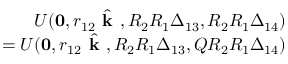
\begin{array} { r l r } & { } & { U ( \mathbf { 0 } , r _ { 1 2 } \hat { \textbf { k } } , R _ { 2 } R _ { 1 } \boldsymbol { \Delta } _ { 1 3 } , R _ { 2 } R _ { 1 } \boldsymbol { \Delta } _ { 1 4 } ) } \\ & { } & { \qquad = U ( \mathbf { 0 } , r _ { 1 2 } \hat { \textbf { k } } , R _ { 2 } R _ { 1 } \boldsymbol { \Delta } _ { 1 3 } , Q R _ { 2 } R _ { 1 } \boldsymbol { \Delta } _ { 1 4 } ) } \end{array}